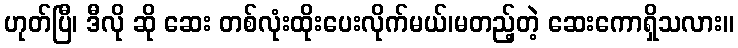
ဟုတ်ပြီ၊ ဒီလို ဆို ဆေး တစ်လုံးထိုးပေးလိုက်မယ်၊မတည့်တဲ့ ဆေးကောရှိသလား။